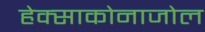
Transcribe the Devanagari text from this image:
हेक्‍साकोनाजोल